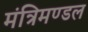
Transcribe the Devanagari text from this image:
मंत्रिमण्‍डल